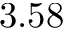
3 . 5 8